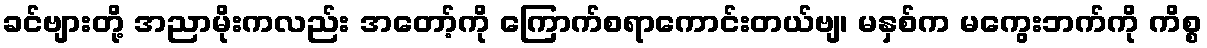
ခင်ဗျားတို့ အညာမိုးကလည်း အတော့်ကို ကြောက်စရာကောင်းတယ်ဗျ၊ မနှစ်က မကွေးဘက်ကို ကိစ္စ